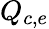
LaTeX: Q_{c,e}